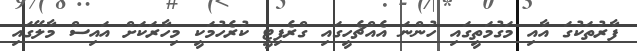
ފާރުތަކުގަ އާއި މަގުމަތީގައި ހުންނަ އެއްޗެހީގައި ގްރެފިޓީ ކުރެހުމަކީ މިހާރަކަށް އައިސް މާލޭގައި